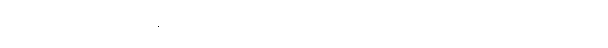
ကျော်စွာသည် မိန်းကလေး တစ်ယောက်စီကို လိုက်ကြည့်နေမိသည်။